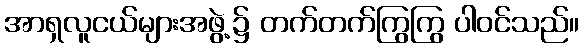
အာရှလူငယ်များအဖွဲ့၌ တက်တက်ကြွကြွ ပါဝင်သည်။